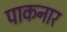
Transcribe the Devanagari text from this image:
पाकनार